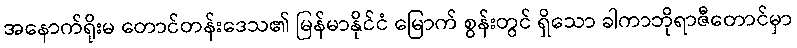
အနောက်ရိုးမ တောင်တန်းဒေသ၏ မြန်မာနိုင်ငံ မြောက် စွန်းတွင် ရှိသော ခါကာဘိုရာဇီတောင်မှာ